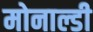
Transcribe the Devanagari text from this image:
मोनाल्डी